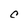
Character: C